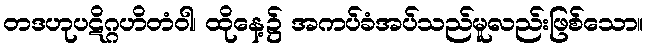
တဒဟုပဋိဂ္ဂဟိတံဝါ၊ ထိုနေ့၌ အကပ်ခံအပ်သည်မူလည်းဖြစ်သော။